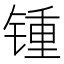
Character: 锺